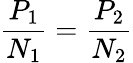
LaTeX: {\frac{P_{1}}{N_{1}}}={\frac{P_{2}}{N_{2}}}